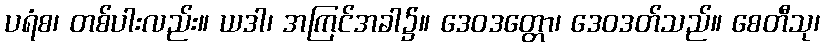
ပရံစ၊ တစ်ပါးလည်း။ ယဒါ၊ အကြင်အခါ၌။ ဒေဝဒတ္တော၊ ဒေဝဒတ်သည်။ စေတီသု၊